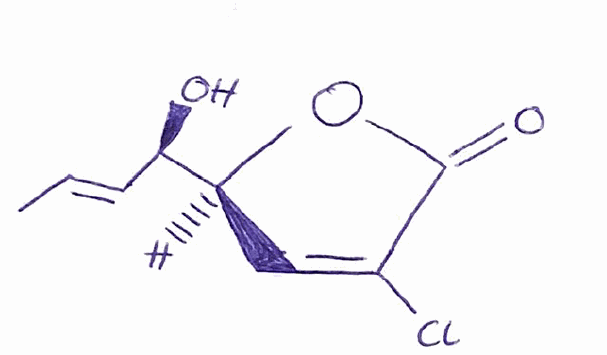
Simplified molecular-input line-entry system (SMILES) notation of the given molecule:
C/C=C/[C@H]([C@@H]1C=C(C(=O)O1)Cl)O